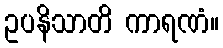
ဥပနိသာတိ ကာရဏံ။